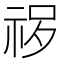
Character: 𱵈